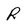
Character: r